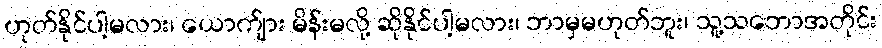
ဟုတ်နိုင်ပါ့မလား၊ ယောက်ျား မိန်းမလို့ ဆိုနိုင်ပါ့မလား၊ ဘာမှမဟုတ်ဘူး၊ သူ့သဘောအတိုင်း